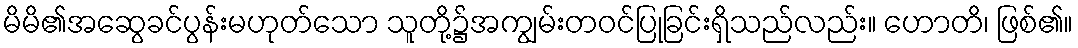
မိမိ၏အဆွေခင်ပွန်းမဟုတ်သော သူတို့၌အကျွမ်းတဝင်ပြုခြင်းရှိသည်လည်း။ ဟောတိ၊ ဖြစ်၏။